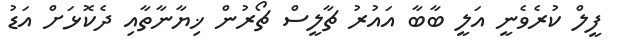
ފީލް ކުރެވެނީ އަލީ ބާބާ އައުރު ޗާލީސް ޗޯރުން ޚިޔާނާތާއި ދެކޮޅަށް އަޑު